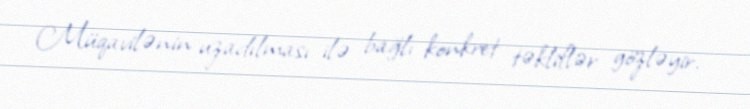
Müqavilənin uzadılması ilə bağlı konkret təkliflər gözləyir.